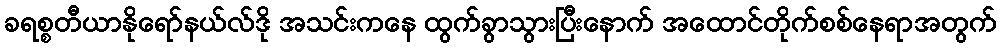
ခရစ္စတီယာနိုရော်နယ်လ်ဒို အသင်းကနေ ထွက်ခွာသွားပြီးနောက် အထောင်တိုက်စစ်နေရာအတွက်